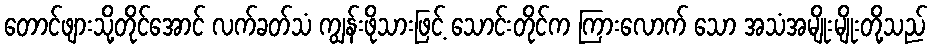
တောင်ဖျားသို့တိုင်အောင် လက်ခတ်သံ ကျွန်းဖိုသားဖြင့် သောင်းတိုင်က ကြားလောက် သော အသံအမျိုးမျိုးတို့သည်